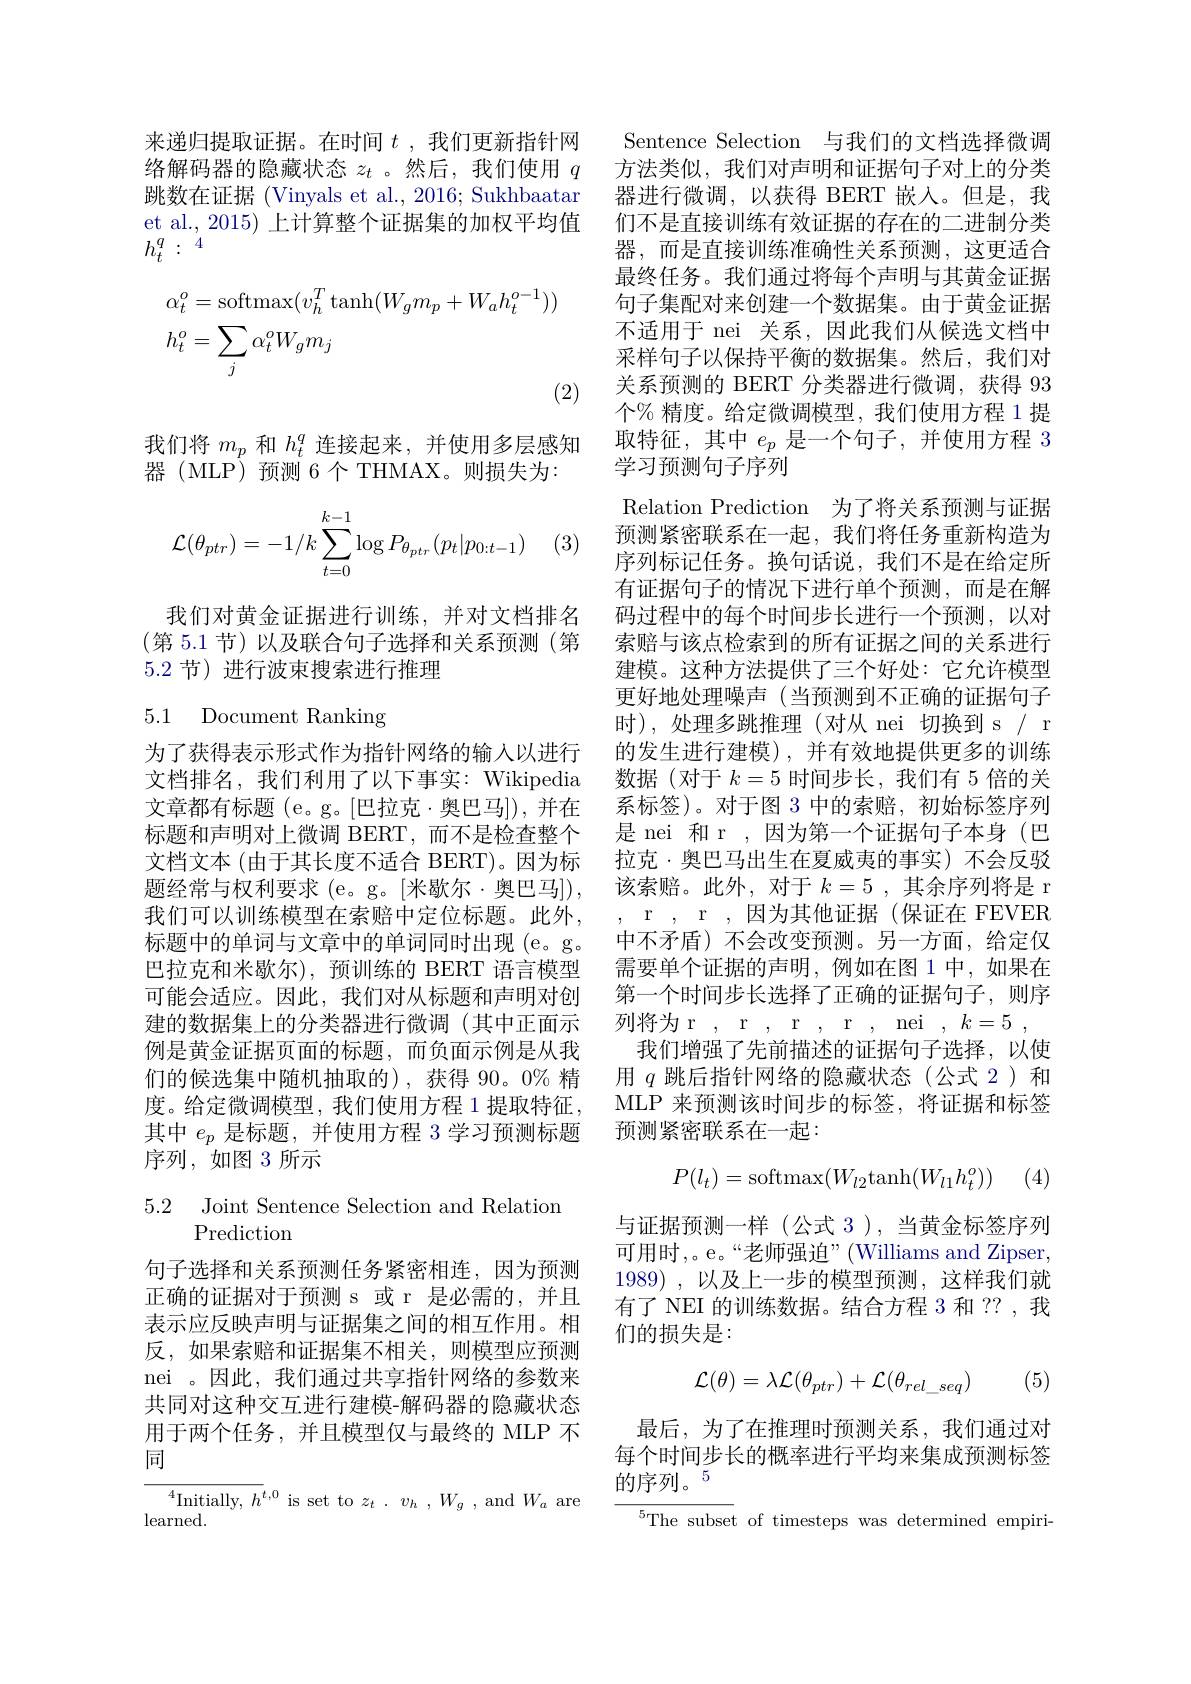
来递归提取证据。在时间$t$ ,我们更新指针网 Sentence Selection 与我们的文档选择微调络解码器的隐藏状态$z_t$ 。然后，我们使用$q$ 方法类似，我们对声明和证据句子对上的分类跳数在证据 (Vinyals et al., 2016; Sukhbaatar et al., 2015) 上计算整个证据集的加权平均值$h_t^q:{}^{'4}$
$$\begin{aligned}&\alpha_{t}^{o}=\mathrm{softmax}(v_{h}^{T}\tanh(W_{g}m_{p}+W_{a}h_{t}^{o-1}))\\&h_{t}^{o}=\sum_{j}\alpha_{t}^{o}W_{g}m_{j}\end{aligned}$$
我们将$m_p$和$h_t^q$连接起来，并使用多层感知
器 (MLP)预测 6个 THMAX。则损失为：
$$\begin{aligned}\mathcal{L}(\theta_{ptr})=-1/k\sum_{t=0}^{k-1}\log P_{\theta_{ptr}}(p_t|p_{0:t-1})\end{aligned}$$
(3)

我们对黄金证据进行训练，并对文档排名(第 5.1 节) 以及联合句子选择和关系预测(第5.2 节) 进行波束搜索进行推理

# 5.1 Document Ranking

为了获得表示形式作为指针网络的输入以进行文档文本 (由于其长度不适合 BERT)。因为标题经常与权利要求 (e。g。[米歇尔·奥巴马]), 我们可以训练模型在索赔中定位标题。此外， 标题中的单词与文章中的单词同时出现 (e。g。巴拉克和米歇尔),预训练的 BERT 语言模型可能会适应。因此，我们对从标题和声明对创建的数据集上的分类器进行微调(其中正面示例是黄金证据页面的标题，而负面示例是从我们的候选集中随机抽取的),获得 90。0% 精度。给定微调模型，我们使用方程 1 提取特征， 其中$e_p$是标题，并使用方程 3 学习预测标题序列，如图 3 所示

5.2 Joint Sentence Selection and Relatiom
Prediction

句子选择和关系预测任务紧密相连，因为预测正确的证据对于预测 s 或 r 是必需的，并且表示应反映声明与证据集之间的相互作用。相反，如果索赔和证据集不相关，则模型应预测nei 。因此，我们通过共享指针网络的参数来共同对这种交互进行建模-解码器的隐藏状态用于两个任务，并且模型仅与最终的 MLP 不同

${\overline{{^4}\text{Initially, }h^{t}},0}$ is set to $z_t$ . $v_{h}$ , $W_{g}$ , and $W_{a}$ are
learned.

器进行微调，以获得 BERT 嵌入。但是，我们不是直接训练有效证据的存在的二进制分类器，而是直接训练准确性关系预测，这更适合最终任务。我们通过将每个声明与其黄金证据句子集配对来创建一个数据集。由于黄金证据不适用于 nei 关系，因此我们从候选文档中采样句子以保持平衡的数据集。然后，我们对关系预测的 BERT 分类器进行微调，获得 93个% 精度。给定微调模型，我们使用方程 1 提取特征，其中$e_p$是一个句子，并使用方程 3学习预测句子序列
Relation Prediction 为了将关系预测与证据预测紧密联系在一起，我们将任务重新构造为序列标记任务。换句话说，我们不是在给定所有证据句子的情况下进行单个预测，而是在解码过程中的每个时间步长进行一个预测，以对索赔与该点检索到的所有证据之间的关系进行建模。这种方法提供了三个好处：它允许模型更好地处理噪声(当预测到不正确的证据句子时),处理多跳推理(对从 nei 切换到 s/ r 的发生进行建模),并有效地提供更多的训练
文档排名，我们利用了以下事实：Wikipedia 数据 (对于$k=5$时间步长，我们有 5 倍的关文章都有标题 (e。g。[巴拉克·奥巴马]), 并在 系标签)。对于图 3 中的索赔，初始标签序列标题和声明对上微调 BERT,而不是检查整个 是 nei 和 r ,因为第一个证据句子本身 (巴
拉克·奥巴马出生在夏威夷的事实)不会反驳该索赔。此外，对于$k=5$ ,其余序列将是 r , r, r, 因为其他证据(保证在 FEVER 中不矛盾) 不会改变预测。另一方面，给定仅需要单个证据的声明，例如在图 1 中，如果在第一个时间步长选择了正确的证据句子，则序列将为 r , r , r , r , nei $, k= 5$ ,
我们增强了先前描述的证据句子选择，以使用$q$跳后指针网络的隐藏状态(公式 2)和MLP 来预测该时间步的标签，将证据和标签预测紧密联系在一起：
$$P(l_t)=\mathrm{softmax}(W_{l2}\mathrm{tanh}(W_{l1}h_t^o))$$
1 (4)

与证据预测一样(公式 3),当黄金标签序列可用时，。e。“老师强迫”(Williams and Zipser, 1989) , 以及上一步的模型预测，这样我们就有了 NEI 的训练数据。结合方程 3 和 ??,我们的损失是：

(5)
$$\mathcal{L}(\theta)=\lambda\mathcal{L}(\theta_{ptr})+\mathcal{L}(\theta_{rel_seq})$$
最后，为了在推理时预测关系，我们通过对每个时间步长的概率进行平均来集成预测标签的序列。5
${^{5}\text{The subset}}$ of timesteps was determined empiri-